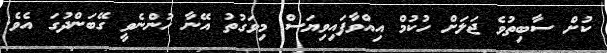
ކުށް ސާބިތުވެ ޖަލަށް ހުކުމް އިއްވާފައިވިޔަސް މިވަގުތު އޭނާ ހުންނެވީ ގޭބަންދުގަ އެވެ.